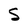
Character: S